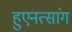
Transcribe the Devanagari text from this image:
हुएनत्सांग